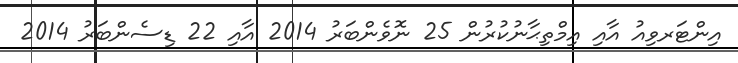
އިންޓަރވިއު އާއި އިމްތިޙާނުކުރުން 25 ނޮވެންބަރު 2014 އާއި 22 ޑިސެންބަރު 2014